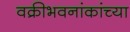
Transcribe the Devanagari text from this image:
वक्रीभवनांकांच्या